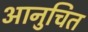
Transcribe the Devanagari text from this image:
आनुचित